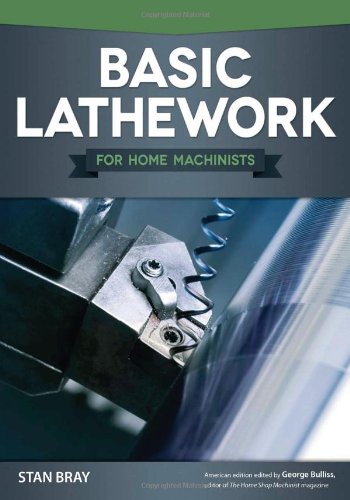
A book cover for Basic Lathework for Home Machinists; Stan Bray; Crafts, Hobbies & Home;